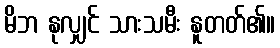
မိဘ နုလျှင် သားသမီး နူတတ်၏။